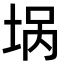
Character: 埚